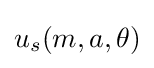
u_{s}(m,a,\theta )